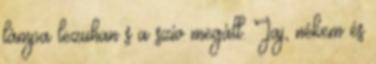
lámpa lezuhan s a szív megáll. Jaj, nékem és